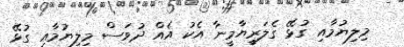
މިލިޔުމާއި ގުޅޭ ގެލަރީޔާމީނާ އެކު އެއް ދުވަސް މިލިޔުމާއި ގުޅޭ